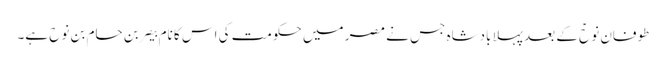
طوفانِ نوحؑ کے بعد پہلا بادشاہ جس نے مصر میں حکومت کی اس کا نام بیصر بن حام بن نوح ہے۔